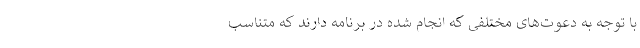
با توجه به دعوت‌های مختلفی که انجام شده در برنامه دارند که متناسب